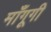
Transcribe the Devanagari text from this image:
माँगूगी